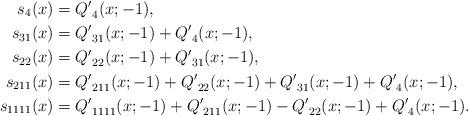
LaTeX: \begin{align*}s_{4}(x)&={Q'}_{4}(x;-1),\\s_{31}(x)&={Q'}_{31}(x;-1)+{Q'}_{4}(x;-1),\\s_{22}(x)&={Q'}_{22}(x;-1)+{Q'}_{31}(x;-1),\\ s_{211}(x)&={Q'}_{211}(x;-1)+{Q'}_{22}(x;-1)+{Q'}_{31}(x;-1)+{Q'}_{4}(x;-1),\\s_{1111}(x)&={Q'}_{1111}(x;-1)+{Q'}_{211}(x;-1)-{Q'}_{22}(x;-1)+{Q'}_{4}(x;-1).\end{align*}